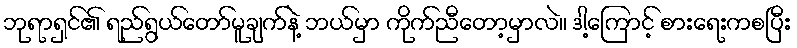
ဘုရာရှင်၏ ရည်ရွယ်တော်မူချက်နဲ့ ဘယ်မှာ ကိုက်ညီတော့မှာလဲ။ ဒါ့ကြောင့် စားရေးကစပြီး